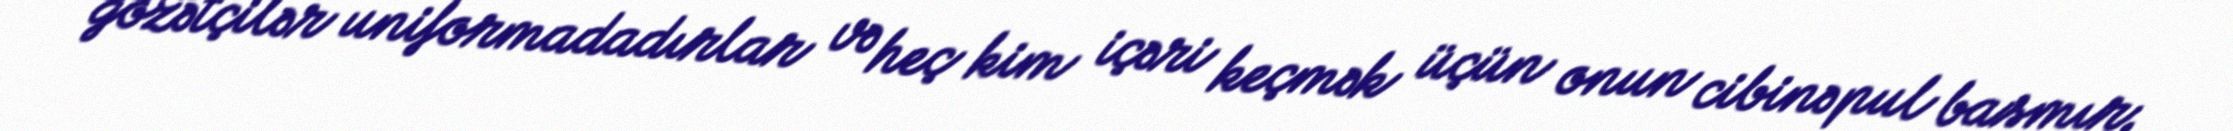
gözətçilər uniformadadırlar və heç kim içəri keçmək üçün onun cibinə pul basmır.